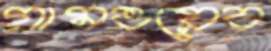
গ্রামওয়েব